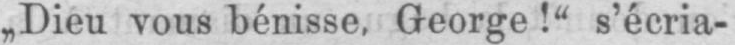
„Dieu vous bénisse, George!“ s’écria-